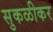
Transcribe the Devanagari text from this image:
सुकळीकर